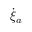
\dot { \xi } _ { a }